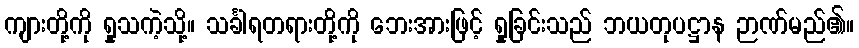
ကျားတို့ကို ရှုသကဲ့သို့။ သင်္ခါရတရားတို့ကို ဘေးအားဖြင့် ရှုခြင်းသည် ဘယတုပဋ္ဌာန ဉာဏ်မည်၏။